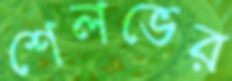
শেলভের